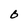
Character: B